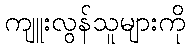
ကျူးလွန်သူများကို